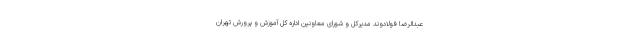
عبدالرضا فولادوند مدیرکل و شورای معاونین اداره کل آموزش و پرورش تهران